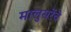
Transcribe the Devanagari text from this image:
मालुसरेंचे